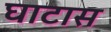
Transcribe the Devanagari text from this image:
घाटास